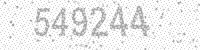
Solution: 549244